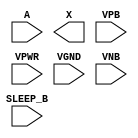
module sky130_fd_sc_hdll__inputiso0n (
    //# {{data|Data Signals}}
    input  A      ,
    output X      ,

    //# {{power|Power}}
    input  SLEEP_B,
    input  VPB    ,
    input  VPWR   ,
    input  VGND   ,
    input  VNB
);
endmodule